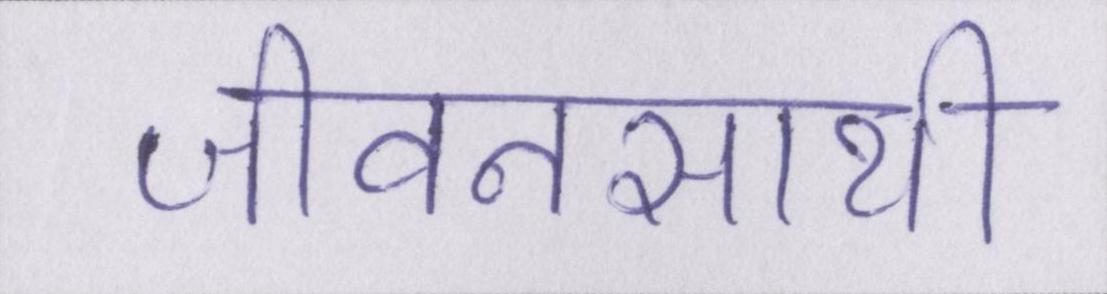
जीवनसाथी